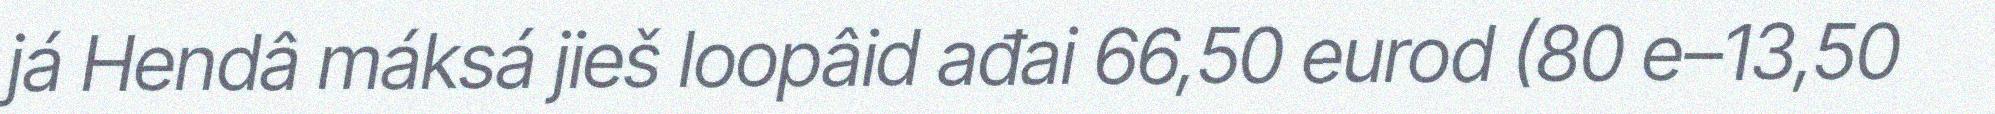
já Hendâ máksá jieš loopâid ađai 66,50 eurod (80 e–13,50